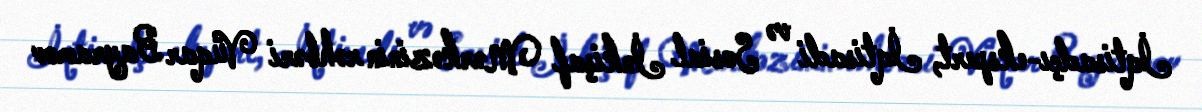
İqtisadçı-ekspert, İqtisadi və Sosial İnkişaf Mərkəzinin rəhbəri Vüqar Bayramov